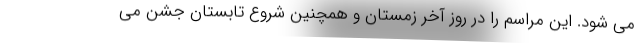
می شود. این مراسم را در روز آخر زمستان و همچنین شروع تابستان جشن می